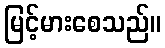
မြင့်မားစေသည်။